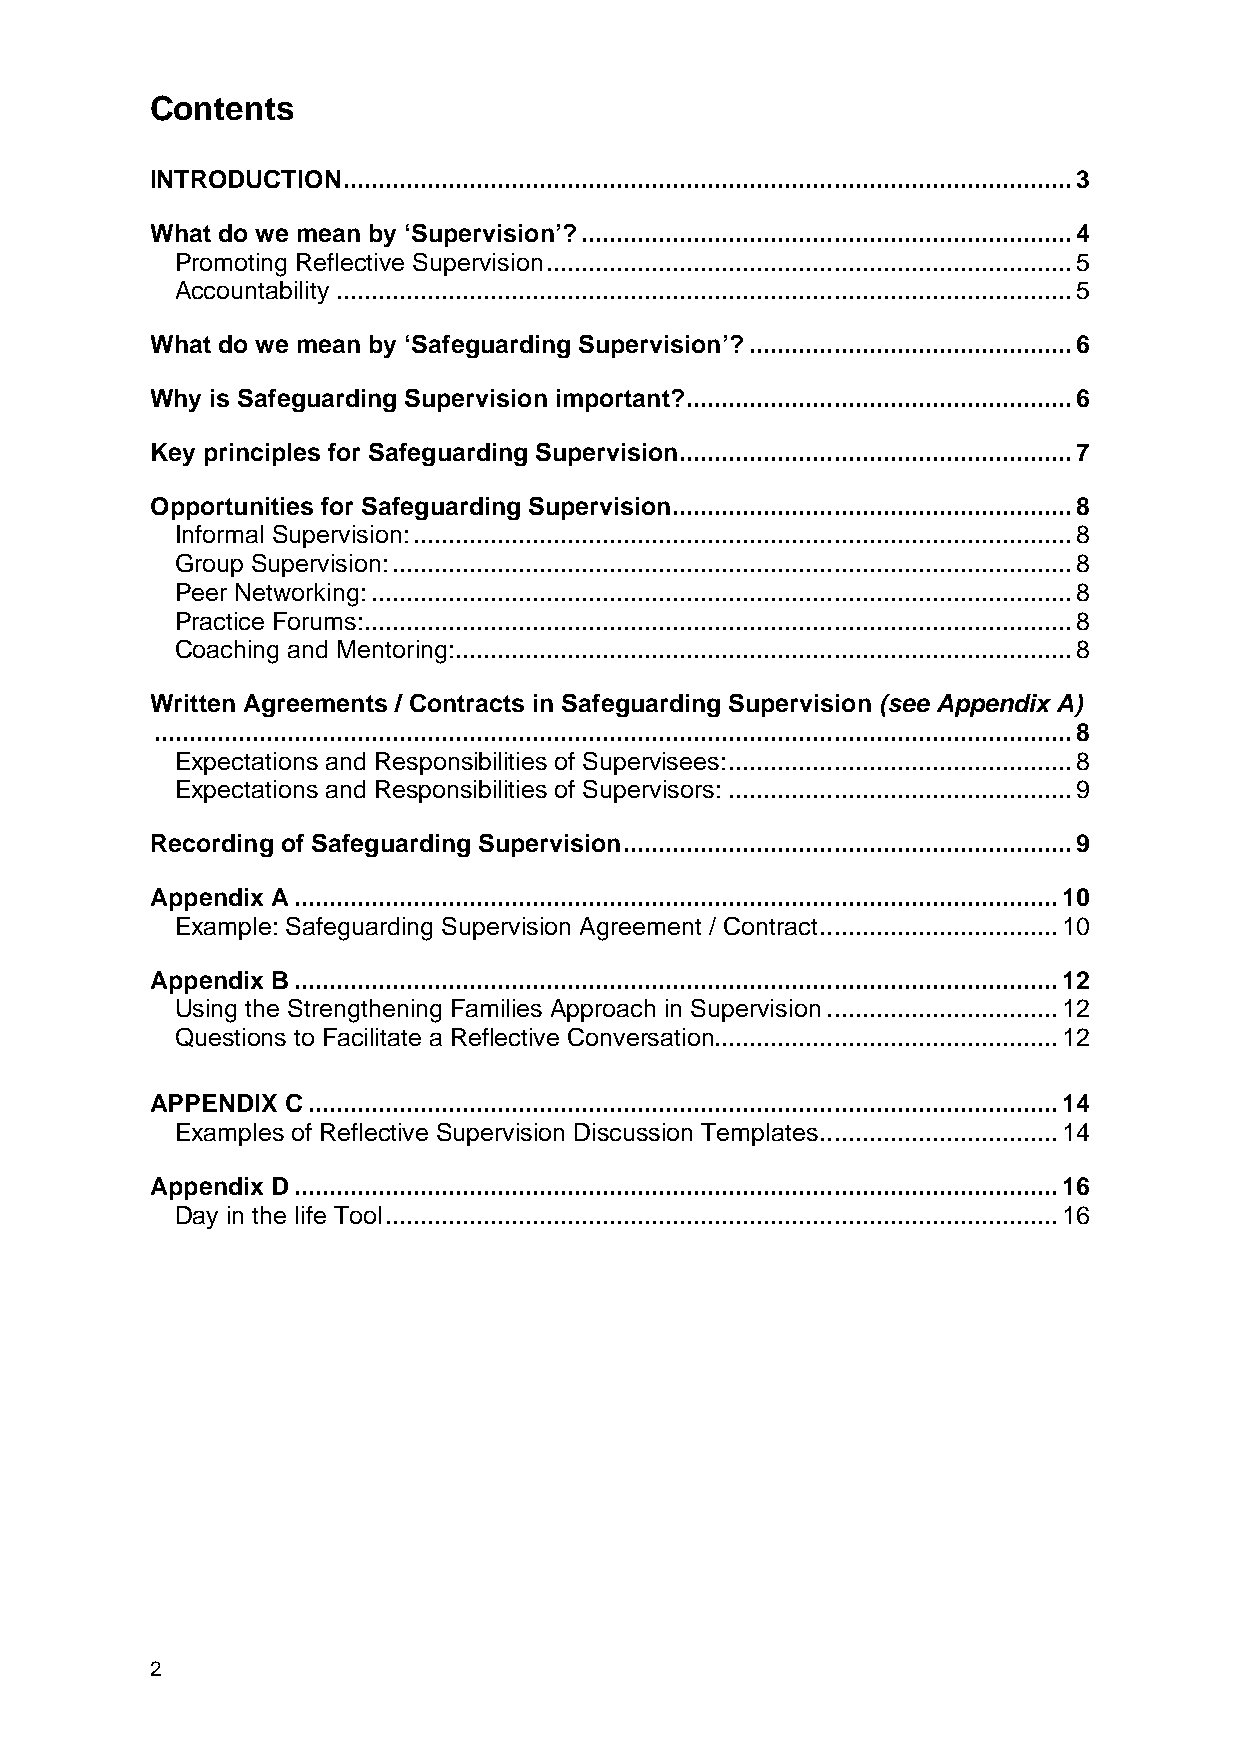
Contents
 INTRODUCTION ........................................................................................................ 3
 What do we mean by ‘Supervision’? ...................................................................... 4
 Promoting Reflective Supervision ........................................................................... 5
 Accountability ......................................................................................................... 5
 What do we mean by ‘Safeguarding Supervision’? .............................................. 6
 Why is Safeguarding Supervision important? ....................................................... 6
 Key principles for Safeguarding Supervision ........................................................ 7
 Opportunities for Safeguarding Supervision ......................................................... 8
 Informal Supervision: .............................................................................................. 8
 Group Supervision: ................................................................................................. 8
 Peer Networking: .................................................................................................... 8
 Practice Forums:..................................................................................................... 8
 Coaching and Mentoring: ........................................................................................ 8
 Written Agreements / Contracts in Safeguarding Supervision (see Appendix A)
 ................................................................................................................................... 8
 Expectations and Responsibilities of Supervisees: ................................................. 8
 Expectations and Responsibilities of Supervisors: ................................................. 9
 Recording of Safeguarding Supervision ................................................................ 9
 Appendix A ............................................................................................................. 10
 Example: Safeguarding Supervision Agreement / Contract .................................. 10
 Appendix B ............................................................................................................. 12
 Using the Strengthening Families Approach in Supervision ................................. 12
 Questions to Facilitate a Reflective Conversation................................................. 12
 APPENDIX C ........................................................................................................... 14
 Examples of Reflective Supervision Discussion Templates .................................. 14
 Appendix D ............................................................................................................. 16
 Day in the life Tool ................................................................................................ 16
 2